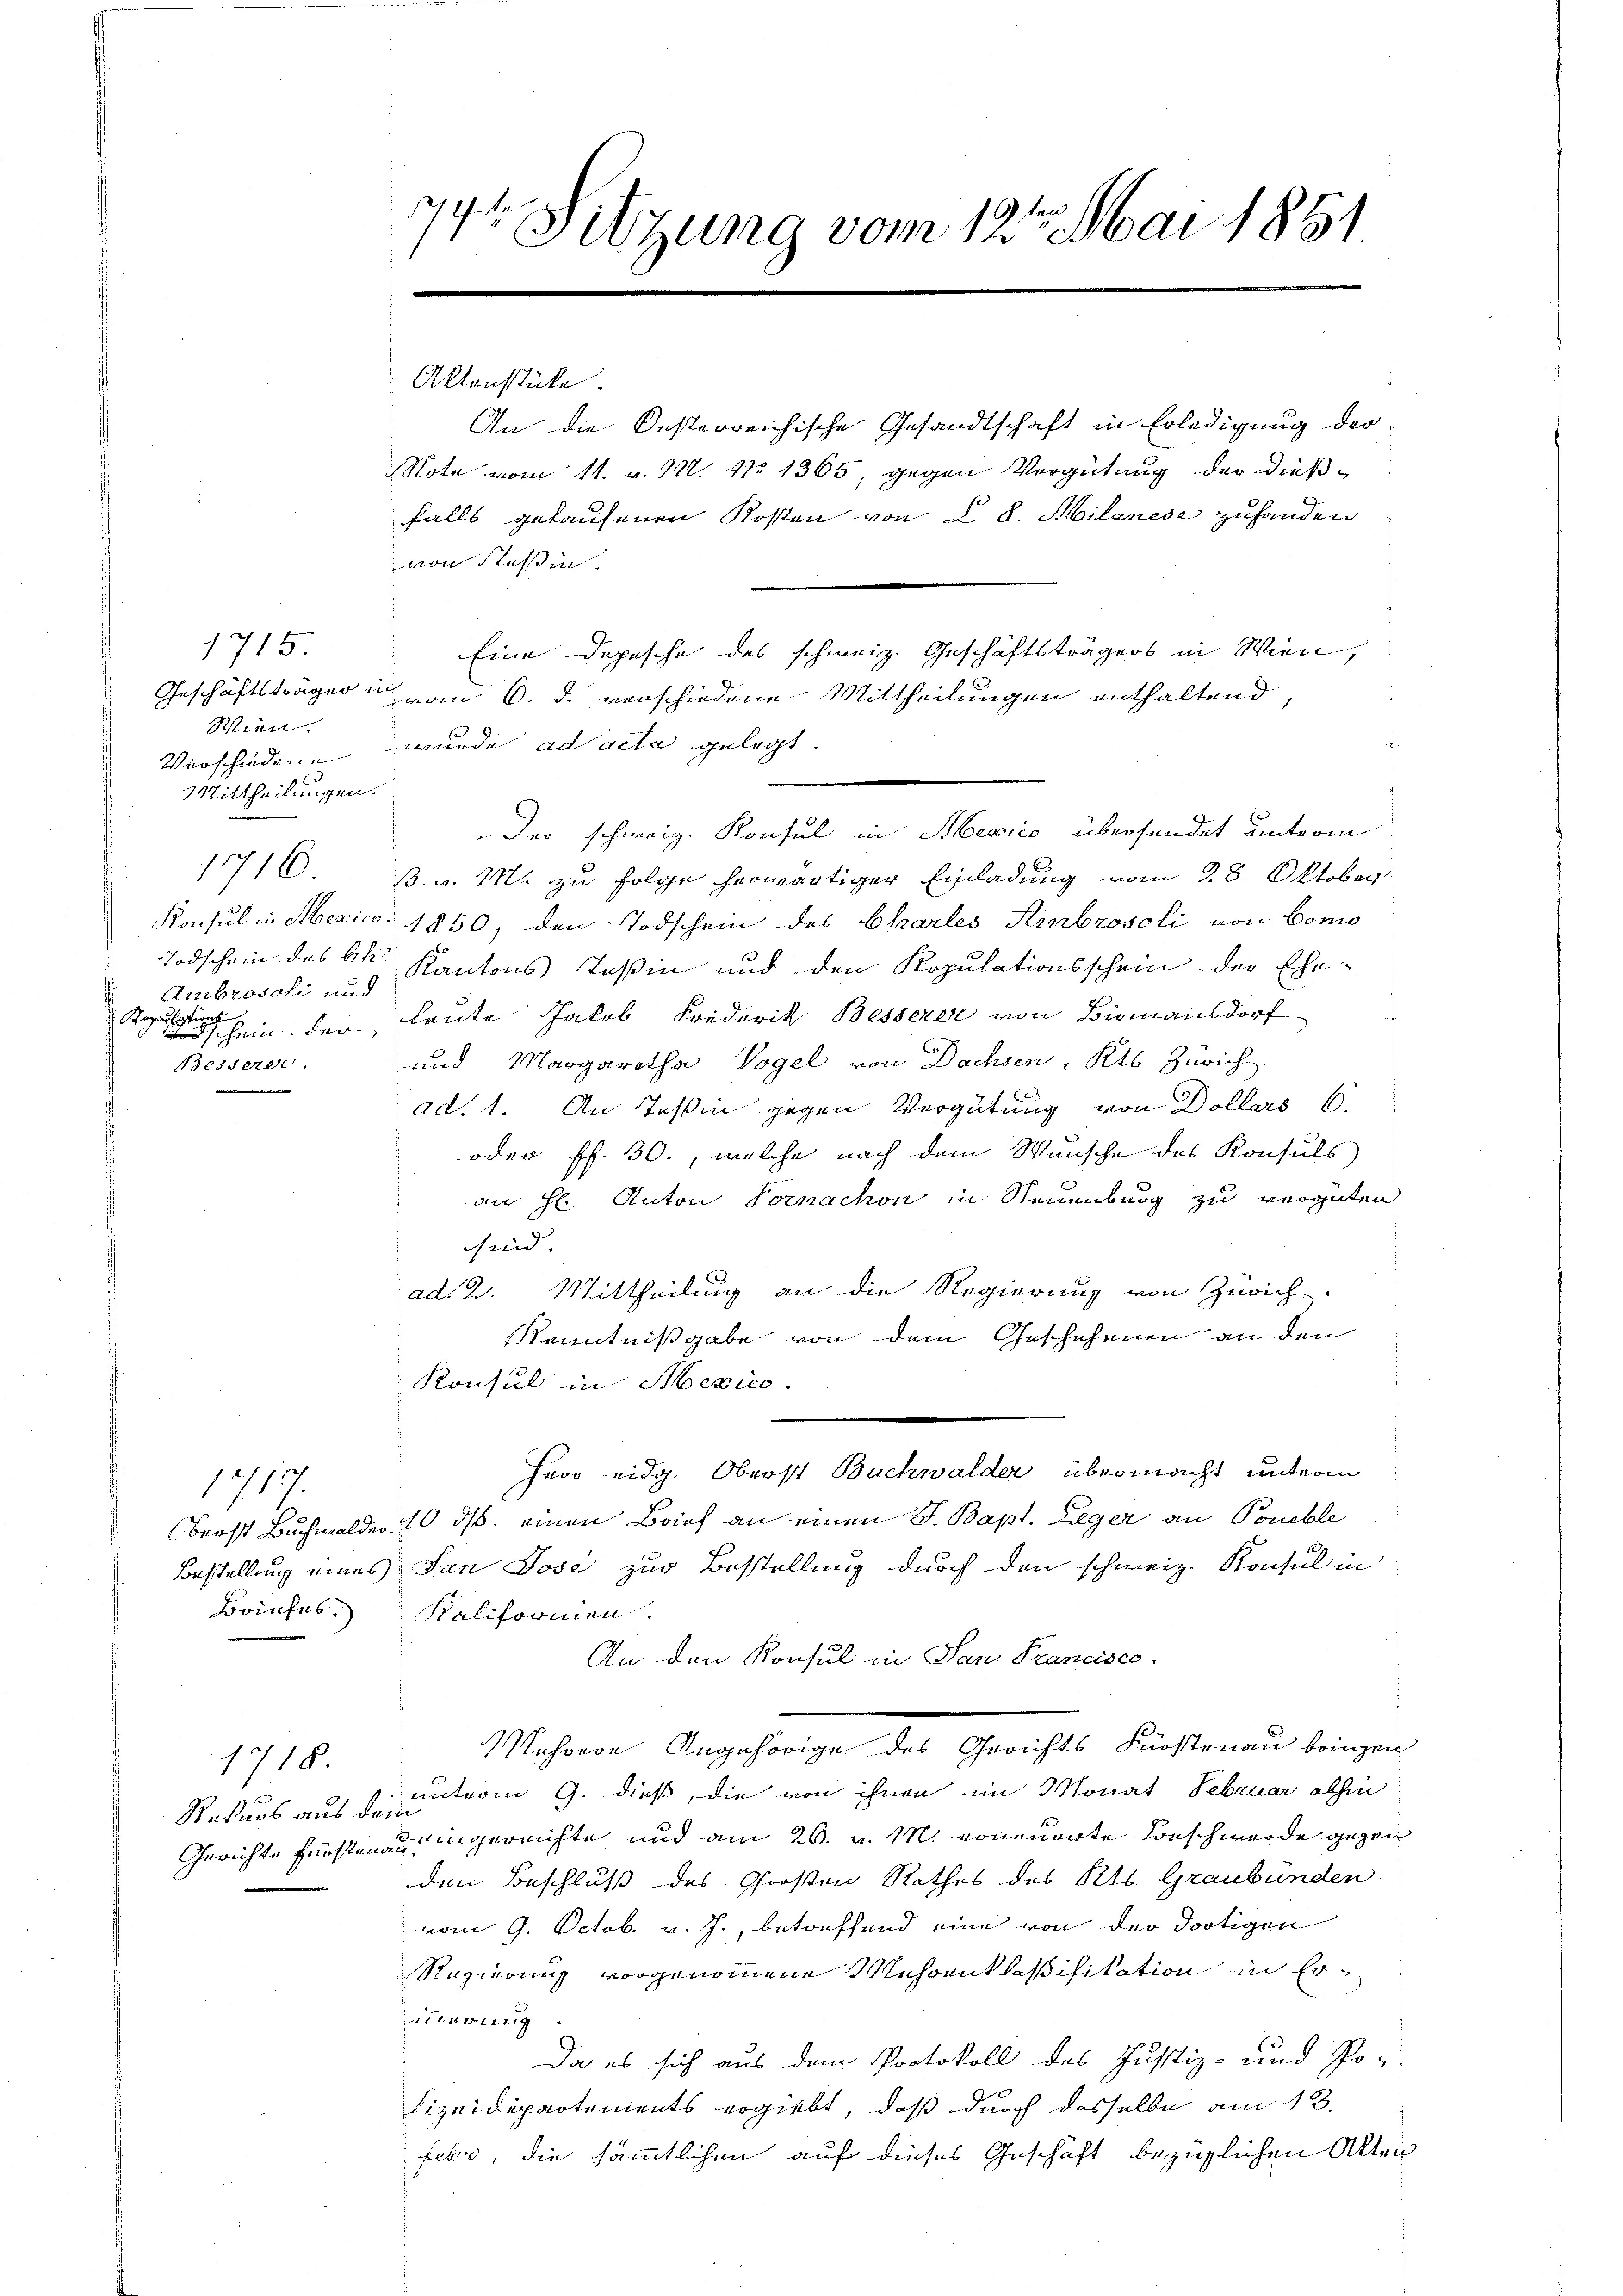
1715.
Geschäftsträger in
Wien.
2
Mittheilungen.
1716
Ambrosoli und
sations
A
Schein der
Besserer

e

1717.
Baufes.

1718.
Gerichte Fürsten

744 Sitzung vom 12ten Mai 1881

Aktenstücke.

Note vom 11. v. 12. No 1365, gegen Vergütung der dießfalls gelaufenen Kosten von L. d. Milanese zuhanden
von Tessin.
vom 6. d. verschiedene Mittheilungen enthaltend,
Verschiedene wurde ad acta gelegt.
.
Der schweiz. Konsul in Mexico übersendet unterm
B. v. M. zu Folge herwärtiger Einladung vom 28. Oktober
Konsul in Mexico. 1850, den Todschein des Chartes Ambrosoli von Como
Todschein des kk. Kantons Teßin und den Kopulationsschein der Ehe-
leute Jakob Friderik Besserer von Bismannsdorf
und Margaretha Vogel von Dachsen, Kts Zürich
x
ad. 1. An Teßin gegen Vergütung von Dollars 6.
 oder ff. 30., welche nach dem Wunsche des Konsuls
an H. Anton Fornachon in Neuenburg zu vergüten
sind.
ad 2. Mittheilung an die Regierung von Zürich.
Kenntnißgabe von dem Geschehenen an den
Konsul in Mexico.
Heor eidg. Oberst Buchwalder übermacht unterm
brost Buchwalden 10 ds. einen Brief an einen J. Bapt. Lieger an Poueble
Bestellung eines San Jose zur Bestellung durch den schweiz. Konsul in
Raliformien.
An den Konsul in San Francisco
Kehrere Angehörige des Gerichts Fürstenau bringen
Rekurs aus deuterm 9. dieß, die von ihnen im Monat Februar abhin
ingereichte und am 26. v. M. erneuerte Beschwerde gezei
den Beschluß des Großen Rathes des Kts. Graubünden.
vom 9. Octob. v. J., betreffend eine von der dortigen
Regierung vorgenommene Mehrenklassifikation in Eriierung
Da es sich aus dem Protokoll des Justiz- und Po¬
J
Lizeidepartements ergiebt, daß durch dasselbe am 13.
Feber, die sämmtlichen auf dieses Geschäft bezüglichen Akten

An die Oesterreichische Gesandtschaft in Erledigung der

Eine Depesche des schweiz. Geschäftsträgers in Wien,